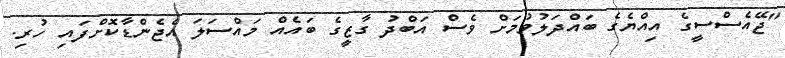
"ޖޭއެސްސީގެ އިއްޔެގެ ބައްދަލުވުމަށް ވެސް އަބްދު ގާޒީގެ ބައެއް މައްސަލަ އެޖެންޑާކޮށްފައި ހުރި.